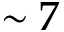
\sim 7